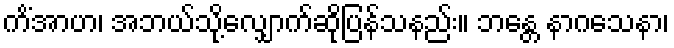
ကိံအာဟ၊ အဘယ်သို့လျှောက်ဆိုပြန်သနည်း။ ဘန္တေ နာဂသေနာ၊